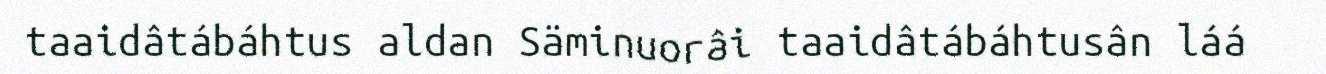
taaidâtábáhtus aldan Säminuorâi taaidâtábáhtusân láá